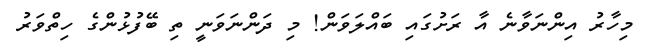
މިހާރު އިންނަވާނެ އާ ރަށުގައި ބައްލަވަން! މި ދަންނަވަނީ ތި ބޭފުޅުންގެ ހިތްވަރު